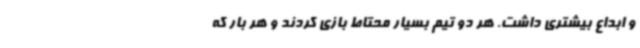
و ابداع بیشتری داشت. هر دو تیم بسیار محتاط بازی کردند و هر بار که